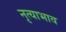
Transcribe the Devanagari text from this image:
नृत्याभाव